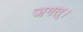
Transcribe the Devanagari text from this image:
जगत्‌।